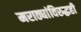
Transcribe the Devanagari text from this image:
मराठ्यांविरुद्धही